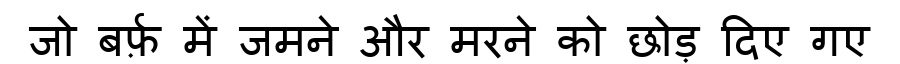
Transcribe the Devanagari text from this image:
जो बर्फ़ में जमने और मरने को छोड़ दिए गए